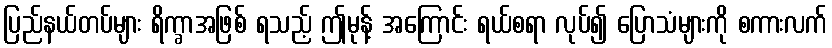
ပြည်နယ်တပ်များ ရိက္ခာအဖြစ် ရသည့် ဤမုန့် အကြောင်း ရယ်စရာ လုပ်၍ ပြောသံများကို စကားလက်